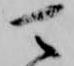
可